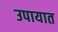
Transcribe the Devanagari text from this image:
उपायात